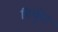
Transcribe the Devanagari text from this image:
बिचूरेट